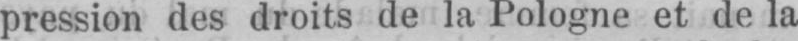
pression des droits de la Pologne et de la